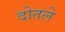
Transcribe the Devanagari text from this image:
दोतले